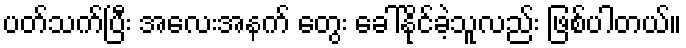
ပတ်သက်ပြီး အလေးအနက် တွေး ခေါ်နိုင်ခဲ့သူလည်း ဖြစ်ပါတယ်။